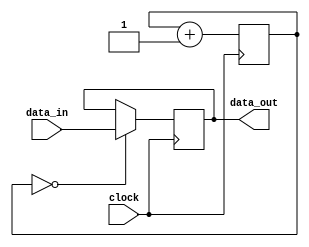
module timing_control(
    input wire clock,
    input wire data_in,
    output wire data_out
);

reg [7:0] counter;

always @(posedge clock) begin
    counter <= counter + 1;
    
    // Synchronization logic
    if (counter == 0) begin
        // Transmit data
        data_out <= data_in;
    end
end

endmodule